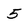
Character: 5